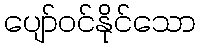
ပျော်ဝင်နိုင်သော